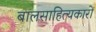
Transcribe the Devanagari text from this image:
बालसाहित्‍यकारों